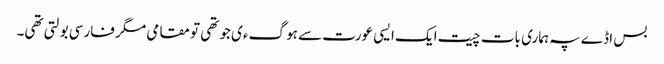
بس اڈے پہ ہماری بات چیت ایک ایسی عورت سے ہو گءی جو تھی تو مقامی مگر فارسی بولتی تھی۔